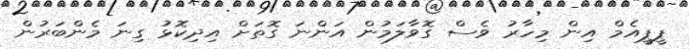
ޕީޕީއެމް އިން މިހާރު ވެސް ގޮވާލަމުން އަންނަ ގޮތަށް އިދިކޮޅު ގިނަ މެންބަރުން